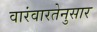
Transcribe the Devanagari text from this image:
वारंवारतेनुसार